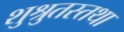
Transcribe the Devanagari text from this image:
शुश्रुतस्तथा